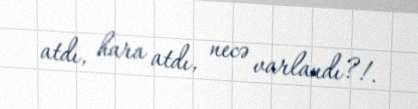
atdı, hara atdı, necə varlandı?!.